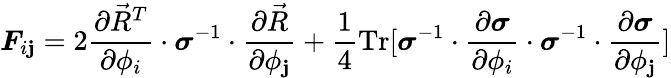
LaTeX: \boldsymbol{F}_{i\mathbf{j}}=2\frac{{\partial\vec{{R}}^{T}}}{{\partial\phi_{i}}}\cdot\boldsymbol{\sigma}^{-1}\cdot\frac{{\partial\vec{{R}}}}{{\partial\phi_{\mathbf{j}}}}+\frac{{1}}{{4}}\mathrm{{Tr}}[\boldsymbol{\sigma}^{-1}\cdot\frac{{\partial\boldsymbol{\sigma}}}{{\partial\phi_{i}}}\cdot\boldsymbol{\sigma}^{-1}\cdot\frac{{\partial\boldsymbol{\sigma}}}{{\partial\phi_{\mathbf{j}}}}]